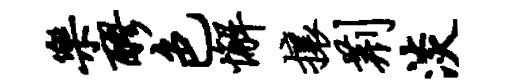
乐醪色懈攘荆淡